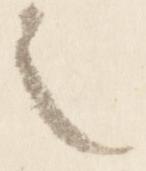
之